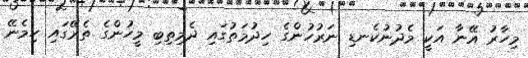
މިހާރު އޭނާ އަކީ މެދުނުކެނޑި ނަރުހުންގެ ހިދުމަތުގައި ދެމިތިބި މީހުންގެ ތެރޭގައި ހިމެނޭ